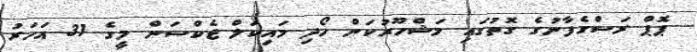
ޕޮޕް ރަސްގެފާނުގެ ގޮތުގައި މަޝްހޫރުކަން ހޯދި މައިކަލް ޖެކްސަން މީގެ 31 އަހަރު